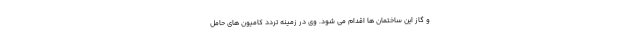
و گاز این ساختمان ها اقدام می شود. وی در زمینه تردد کامیون های حامل